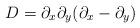
LaTeX: \begin{align*}D =\partial_x \partial_y (\partial_x -\partial_y)\end{align*}